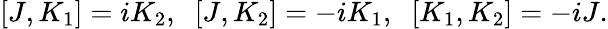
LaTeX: [J,K_{1}]=iK_{2},\; \; [J,K_{2}]=-iK_{1},\; \; [K_{1},K_{2}]=-iJ.